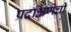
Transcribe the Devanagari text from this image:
प्रदक्षिणेची